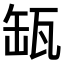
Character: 缻